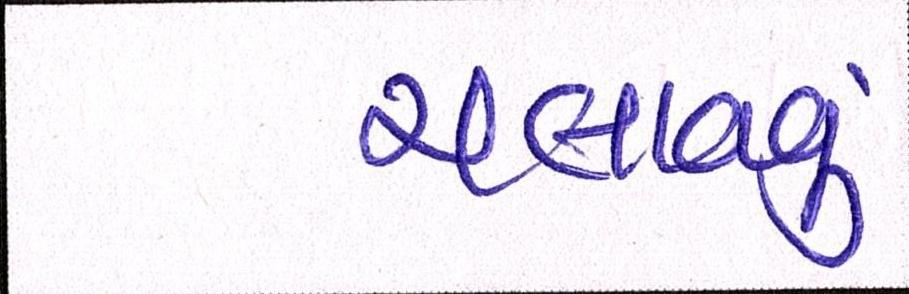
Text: ચલાવવું